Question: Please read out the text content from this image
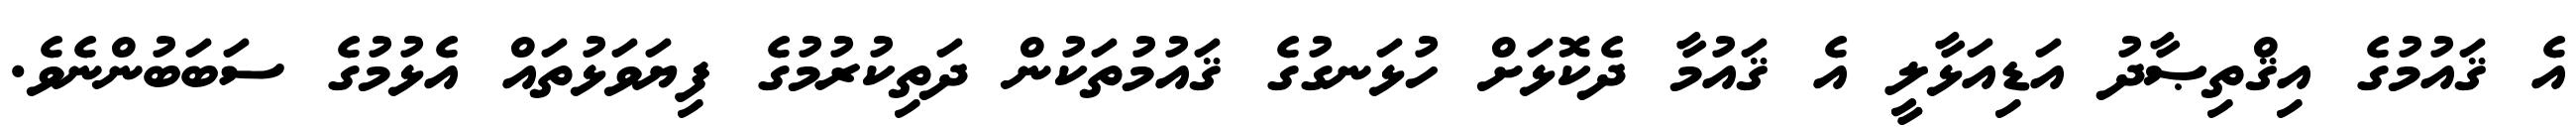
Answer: އެ ޤައުމުގެ އިޤްތިޞާދު އަޑިއަޅާލީ އެ ޤައުމާ ދެކޮޅަށް ހުޅަނގުގެ ޤައުމުތަކުން ދަތިކުރުމުގެ ފިޔަވަޅުތައް އެޅުމުގެ ސަބަބުންނެވެ.